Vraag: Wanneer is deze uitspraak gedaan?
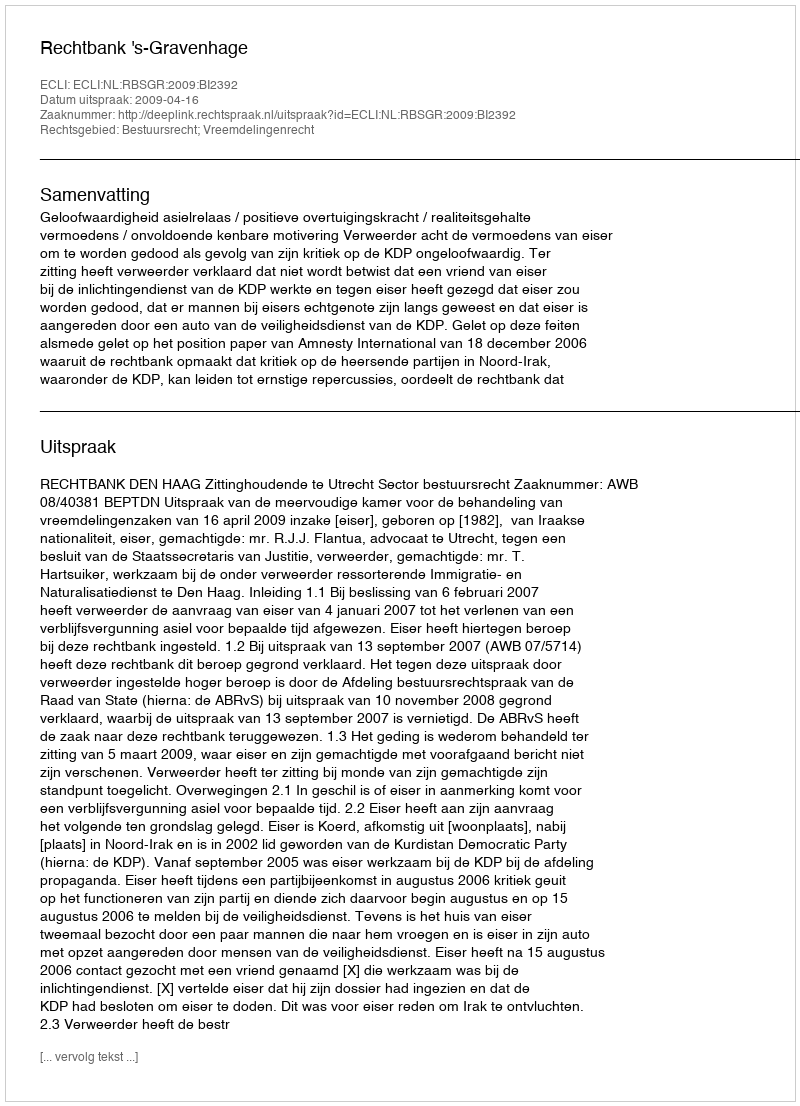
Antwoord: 2009-04-16